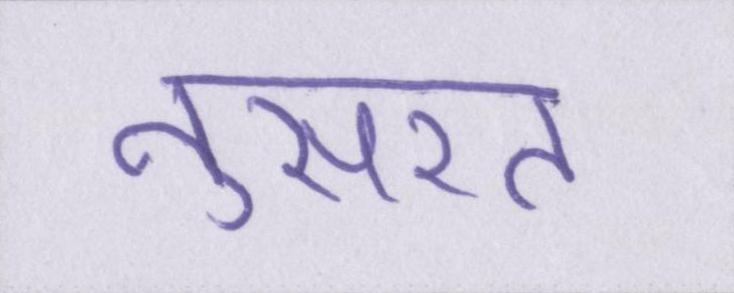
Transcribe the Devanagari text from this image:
नुसरत